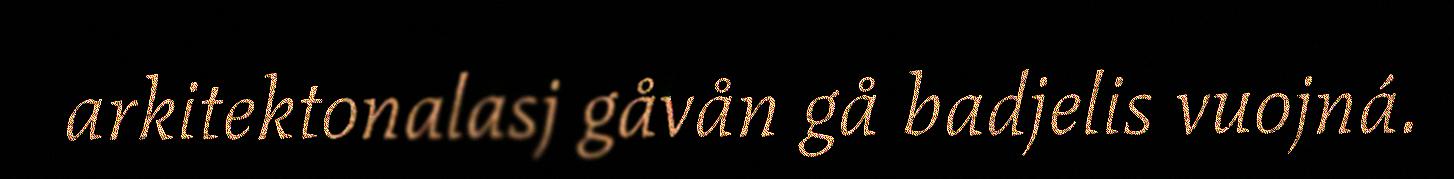
arkitektonalasj gåvån gå badjelis vuojná.